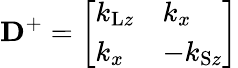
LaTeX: \mathbf{D}^{+}=\left[\begin{array}{ll}{k_{\mathrm{L}z}}&{k_{x}}\\ {k_{x}}&{-k_{\mathrm{S}z}}\end{array}\right]